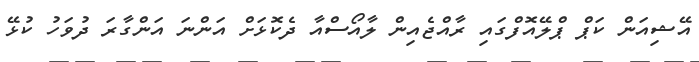
އޭޝިއަން ކަޕް ޕްލޭއޮފްގައި ރާއްޖެއިން ލާއޯސްއާ ދެކޮޅަށް އަންނަ އަންގާރަ ދުވަހު ކުޅޭ